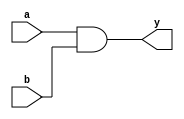
module example_module (
    input wire a,          // Input signal a
    input wire b,          // Input signal b
    output reg y          // Output signal y
);

// Always block sensitive to changes in inputs a and b
always @(a or b) begin
    // Non-blocking assignment to output y
    y <= a & b;           // y is assigned the AND of a and b
end

endmodule